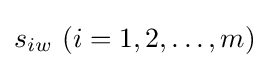
s_{iw}\,\,(i=1,2,\ldots ,m)